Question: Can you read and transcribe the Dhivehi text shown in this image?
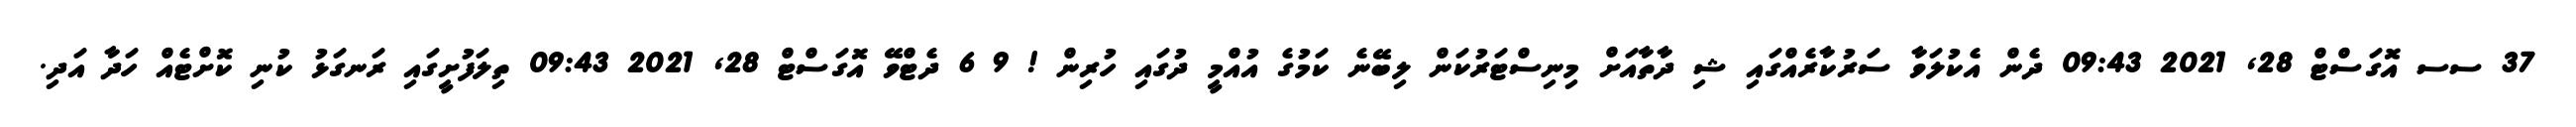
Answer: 37 ސސ އޮގަސްޓް 28, 2021 09:43 ދެން އެކުލަވާ ސަރުކާރެއްގައި ޝި ދާތާއަށް މިނިސްޓަރުކަން ލިބޭނެ ކަމުގެ އުއްމީ ދުގައި ހުރިން ! 9 6 ދެޓްވޭ އޮގަސްޓް 28, 2021 09:43 ތިލަފުށީގައި ރަނގަޅު ކުނި ކޮށްޓެއް ހަދާ އަދި.